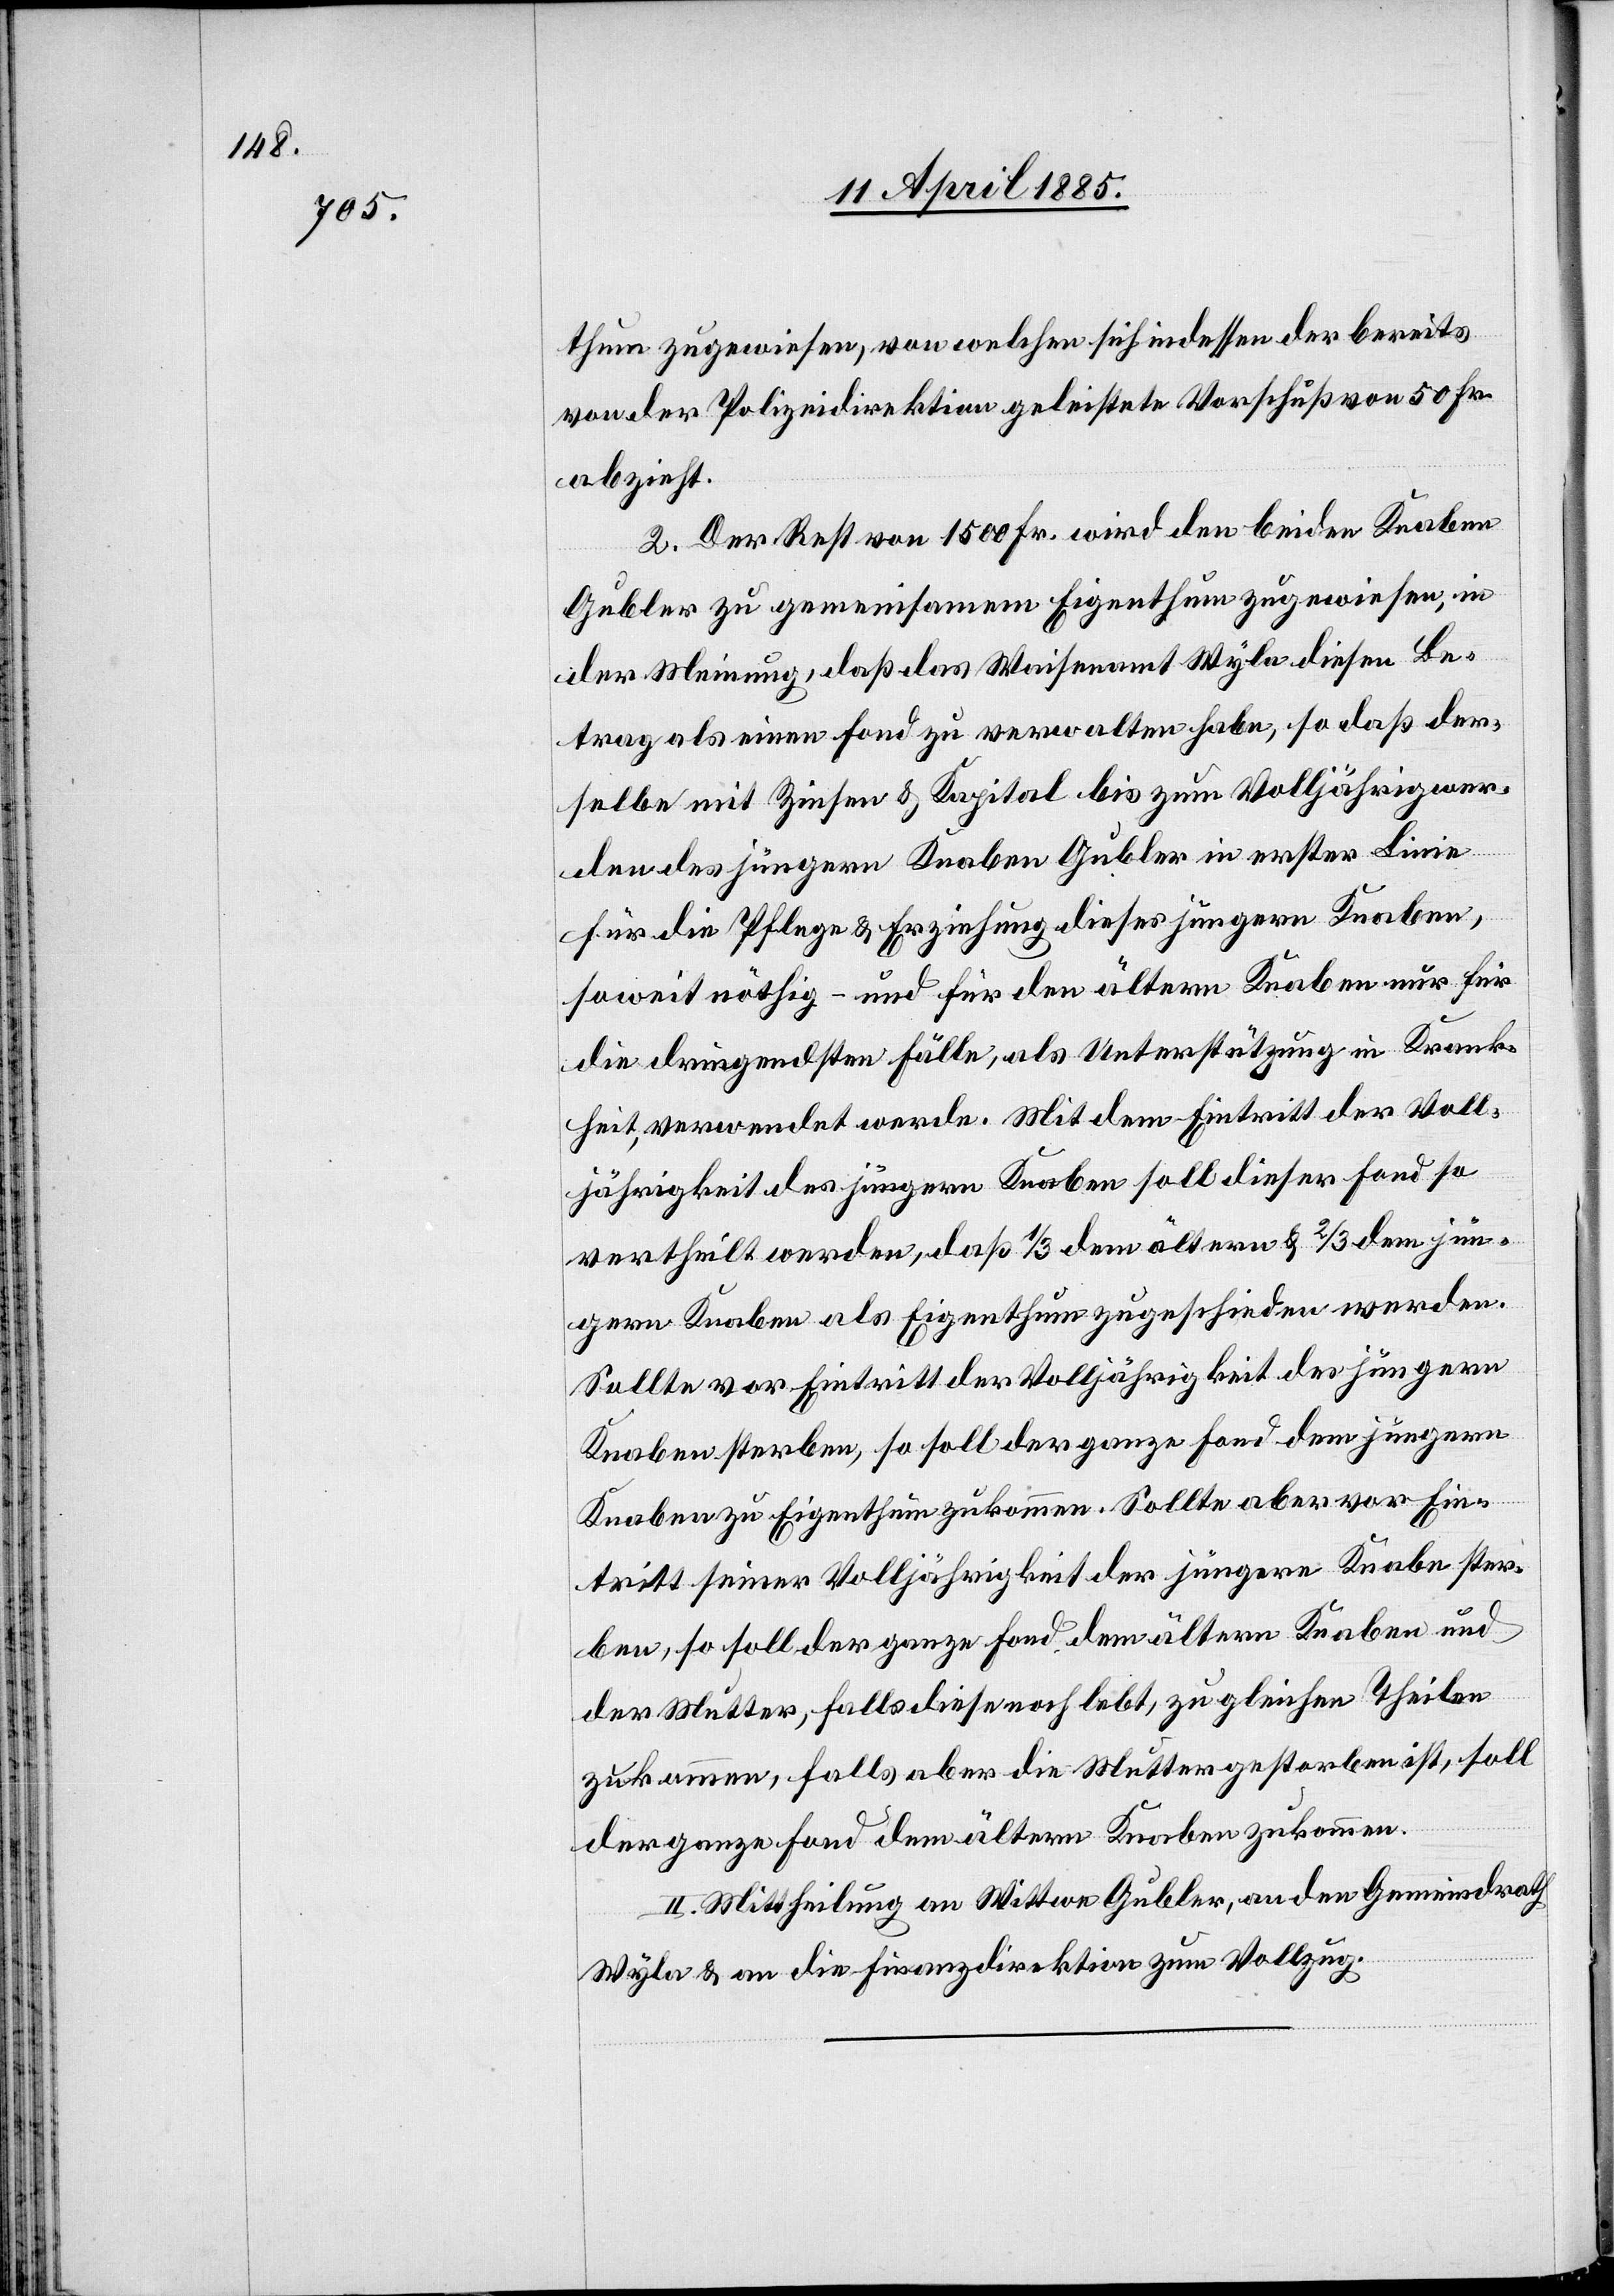
thum zugewiesen, von welchen sich indessen der bereits
von der Polizeidirektion geleistete Vorschuß von 50 Fr.
abzieht.
2. Der Rest von 1500 Fr. wird den beiden Knaben
Gubler zu gemeinsamem Eigenthum zugewiesen, in
der Meinung, daß das Waisenamt Wyla diesen Be¬
trag als einen Fond zu verwalten habe, so daß der¬
selbe mit Zinsen & Kapital bis zum Volljährigwer¬
den des jüngern Knaben Gubler in erster Linie
für die Pflege & Erziehung dieses jüngern Knaben,
soweit nöthig – und für den ältern Knaben nur für
die dringendsten Fälle, als Unterstützung in Krank¬
heit, verwendet werde. Mit dem Eintritt der Voll¬
jährigkeit des jüngern Knaben soll dieser Fond so
vertheilt werden, daß 1/3 dem ältern & 2/3 dem jün¬
gern Knaben als Eigenthum zugeschieden werden.
Sollte vor Eintritt der Volljährigkeit des jüngern
Knaben sterben, so soll der ganze Fond dem jüngern
Knaben zu Eigenthum zukommen. Sollte aber vor Ein¬
tritt seiner Volljährigkeit der jüngere Knabe ster¬
ben, so soll der ganze Fond dem ältern Knaben und
der Mutter, falls diese noch lebt, zu gleichen Theilen
zukommen, falls aber die Mutter gestorben ist, soll
der ganze Fond dem ältern Knaben zukommen.
II. Mittheilung an Wittwe Gubler, an den Gemeindrath
Wyla & an die Finanzdirektion zum Vollzug.